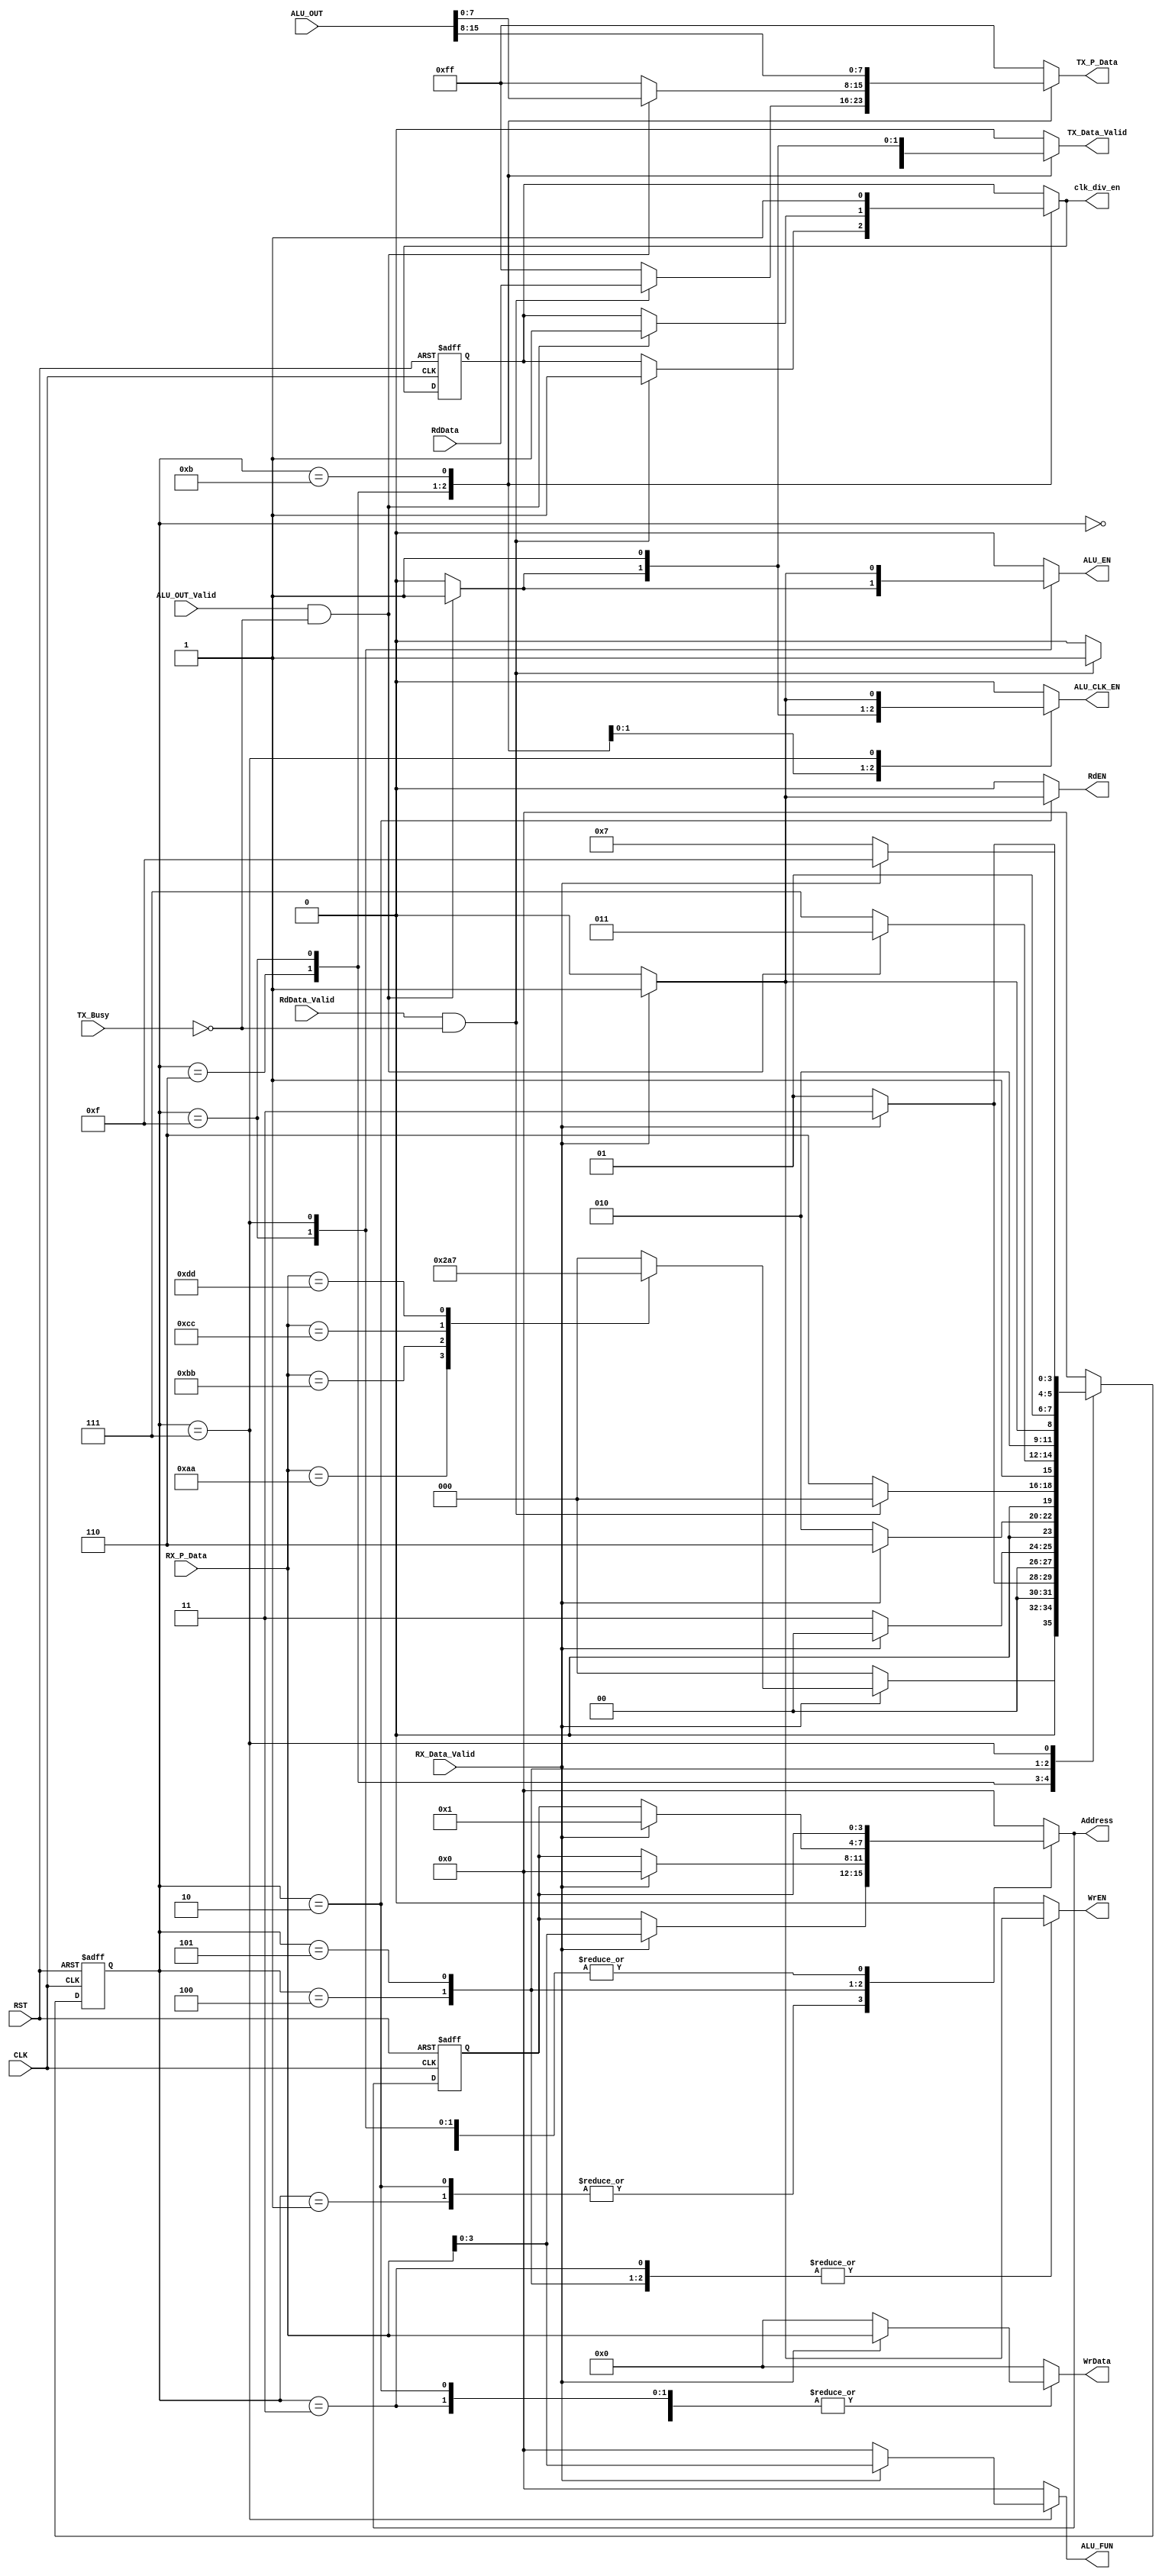
module SYS_CTRL #(parameter DATA_WIDTH = 8, OUT_WIDTH = DATA_WIDTH*2)(
    input   wire    [OUT_WIDTH  - 1  : 0]   ALU_OUT,
    input   wire                            ALU_OUT_Valid,
    input   wire    [DATA_WIDTH - 1  : 0]   RX_P_Data,
    input   wire                            RX_Data_Valid,
    input   wire    [DATA_WIDTH - 1  : 0]   RdData,
    input   wire                            RdData_Valid,
    input   wire                            TX_Busy,
    input   wire                            CLK,
    input   wire                            RST,
    output  reg                             ALU_EN,
    output  reg     [3  : 0]                ALU_FUN,
    output  reg                             ALU_CLK_EN,
    output  reg     [3  : 0]                Address,
    output  reg                             WrEN,
    output  reg                             RdEN,
    output  reg     [DATA_WIDTH - 1  : 0]   WrData,
    output  reg     [DATA_WIDTH - 1  : 0]   TX_P_Data,
    output  reg                             TX_Data_Valid,
    output  reg                             clk_div_en
    );

reg     [3 : 0] state_reg, state_next;
reg     [3 : 0] ADDR_reg;
reg             clk_div_en_reg;

localparam  IDLE                = 4'b0000,
            RF_WR_ADDR          = 4'b0001,
            RF_WR_DATA          = 4'b0011,
            RF_RD_ADDR          = 4'b0010,
            RF_FIFO_WR          = 4'b0110,
            ALU_A               = 4'b0100,
            ALU_B               = 4'b0101,
            ALU_FUNC            = 4'b0111,
            ALU_FIFO_WR1        = 4'b1111,
            ALU_FIFO_WR2        = 4'b1011;
    
always @(posedge CLK, negedge RST)
    begin
        if (!RST)
            begin
                clk_div_en_reg <= 0;
            end
        else
            begin
                clk_div_en_reg <= clk_div_en;
            end
    end

always @(posedge CLK, negedge RST)
    begin
        if (!RST)
            begin
                ADDR_reg <= 0;
            end
        else
            begin
                ADDR_reg <= Address;
            end
    end
    
// state reg
always @(posedge CLK, negedge RST)
    begin
        if (!RST)
            begin
                state_reg <= 0;
            end
        else
            begin
                state_reg <= state_next;
            end
    end 

// next state logic       
 always @(*)
    begin
        state_next = state_reg;
        ALU_EN = 'b0;
        ALU_FUN = 'b0;
        ALU_CLK_EN = 'b0;
        Address = ADDR_reg;
        WrEN = 'b0;
        RdEN = 'b0;
        WrData = 'b0;
        TX_P_Data = 'hFF;
        TX_Data_Valid = 'b0;
        clk_div_en = clk_div_en_reg;
        case (state_reg)
        IDLE:
            begin
                if (RX_Data_Valid)
                    begin
                        case (RX_P_Data)
                            8'hAA:      state_next = RF_WR_ADDR;
                            8'hBB:      state_next = RF_RD_ADDR;
                            8'hCC:      state_next = ALU_A;
                            8'hDD:      state_next = ALU_FUNC;
                            default:    state_next = IDLE;
                        endcase
                    end
                else
                    begin
                        state_next = IDLE;
                    end
            end
        RF_WR_ADDR:
            begin
                if (RX_Data_Valid)
                    begin
                        state_next = RF_WR_DATA;
                        Address = RX_P_Data;
                    end
                else
                    begin
                        state_next = RF_WR_ADDR;
                    end
            end
        RF_WR_DATA:
            begin
                if (RX_Data_Valid)
                    begin
                        state_next = IDLE;
                        WrEN = 'b1;
                        WrData = RX_P_Data;
                    end
                else
                    begin
                        state_next = RF_WR_DATA;
                    end
            end
        RF_RD_ADDR:
            begin
                if (RX_Data_Valid)
                    begin
                        RdEN = 'b1;
                        Address = RX_P_Data;
                        WrData = RX_P_Data;
                        state_next = RF_FIFO_WR;
                    end
                else
                    begin
                        state_next = RF_RD_ADDR;
                    end 
            end
        RF_FIFO_WR:
            begin
                if (RdData_Valid && !TX_Busy)
                    begin
                        clk_div_en = 1'b1;
                        TX_P_Data = RdData;
                        TX_Data_Valid = 'b1;
                        state_next = IDLE;
                    end
                else
                    begin
                        TX_P_Data = 'hFF;
                        TX_Data_Valid = 'b0;
                        state_next = RF_FIFO_WR;
                    end
            end
        ALU_FIFO_WR1:
            begin
                if (ALU_OUT_Valid && !TX_Busy)
                    begin
                        clk_div_en = 1'b1;
                        ALU_CLK_EN = 'b1;
                        ALU_EN = 'b1;
                        TX_P_Data = ALU_OUT[7 : 0];
                        TX_Data_Valid = 'b1;
                        state_next = ALU_FIFO_WR2;
                    end
                else
                    begin
                        TX_P_Data = 'hFF;
                        TX_Data_Valid = 'b0;
                        state_next = ALU_FIFO_WR1;
                    end
            end
        ALU_FIFO_WR2:
            begin
                clk_div_en = 1'b1;
                ALU_CLK_EN = 'b1;
                TX_P_Data = ALU_OUT[15 : 8];
                TX_Data_Valid = 'b1;
                state_next = IDLE;
            end
        ALU_A:
            begin
                if (RX_Data_Valid)
                    begin
                        WrEN = 'b1;
                        Address = 4'h00;
                        WrData = RX_P_Data;
                        state_next = ALU_B;
                    end
                else
                    begin
                        state_next = ALU_A;
                    end
            end
        ALU_B:
            begin
                if (RX_Data_Valid)
                    begin
                        WrEN = 'b1;
                        Address = 4'h01;
                        WrData = RX_P_Data;
                        state_next = ALU_FUNC;
                    end
                else
                    begin
                        state_next = ALU_B;
                    end
            end
        ALU_FUNC:
            begin
                if (RX_Data_Valid)
                    begin
                        ALU_FUN = RX_P_Data;
                        ALU_EN = 'b1;
                        ALU_CLK_EN = 'b1;
                        state_next = ALU_FIFO_WR1;
                    end
                else
                    begin
                        state_next = ALU_FUNC;
                    end
            end
        default:
            begin
                state_next = IDLE;
                ALU_EN = 'b0;
                ALU_FUN = 'b0;
                ALU_CLK_EN = 'b0;
                Address = 'b0;
                WrEN = 'b0;
                RdEN = 'b0;
                WrData = 'b0;
                TX_P_Data = 'hFF;
                TX_Data_Valid = 'b0;
            end
        endcase
    end
    
endmodule